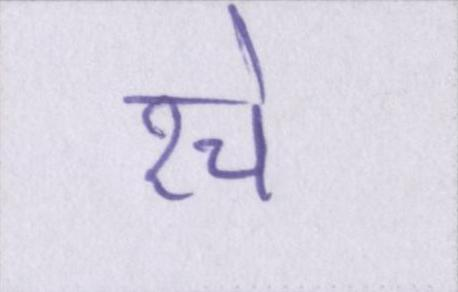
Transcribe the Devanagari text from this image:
रचे